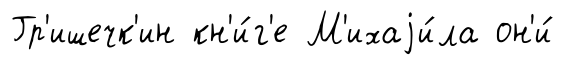
Гр'ишечк'ин кн'и́г'е М'ихаjи́ла он'и́